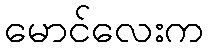
မောင်လေးက